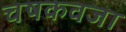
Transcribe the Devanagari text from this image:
चषकवजा